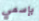
بإسمي